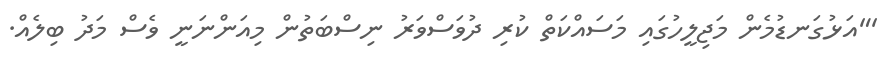
'"އަޅުގަނޑުމެން މަޖިލީހުގައި މަސައްކަތް ކުރި ދުވަސްވަރު ނިސްބަތުން މިއަންނަނީ ވެސް މަދު ބިލެއް.